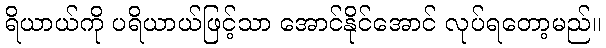
ရိယာယ်ကို ပရိယာယ်ဖြင့်သာ အောင်နိုင်အောင် လုပ်ရတော့မည်။